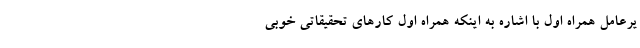
یرعامل همراه اول با اشاره به اینکه همراه اول کارهای تحقیقاتی خوبی